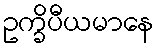
ဥက္ခိပီယမာနေ